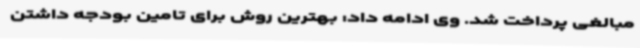
مبالغی پرداخت شد. وی ادامه داد: بهترین روش برای تامین بودجه داشتن